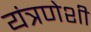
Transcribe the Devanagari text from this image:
यंत्रणेशी